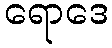
ရောဒေ